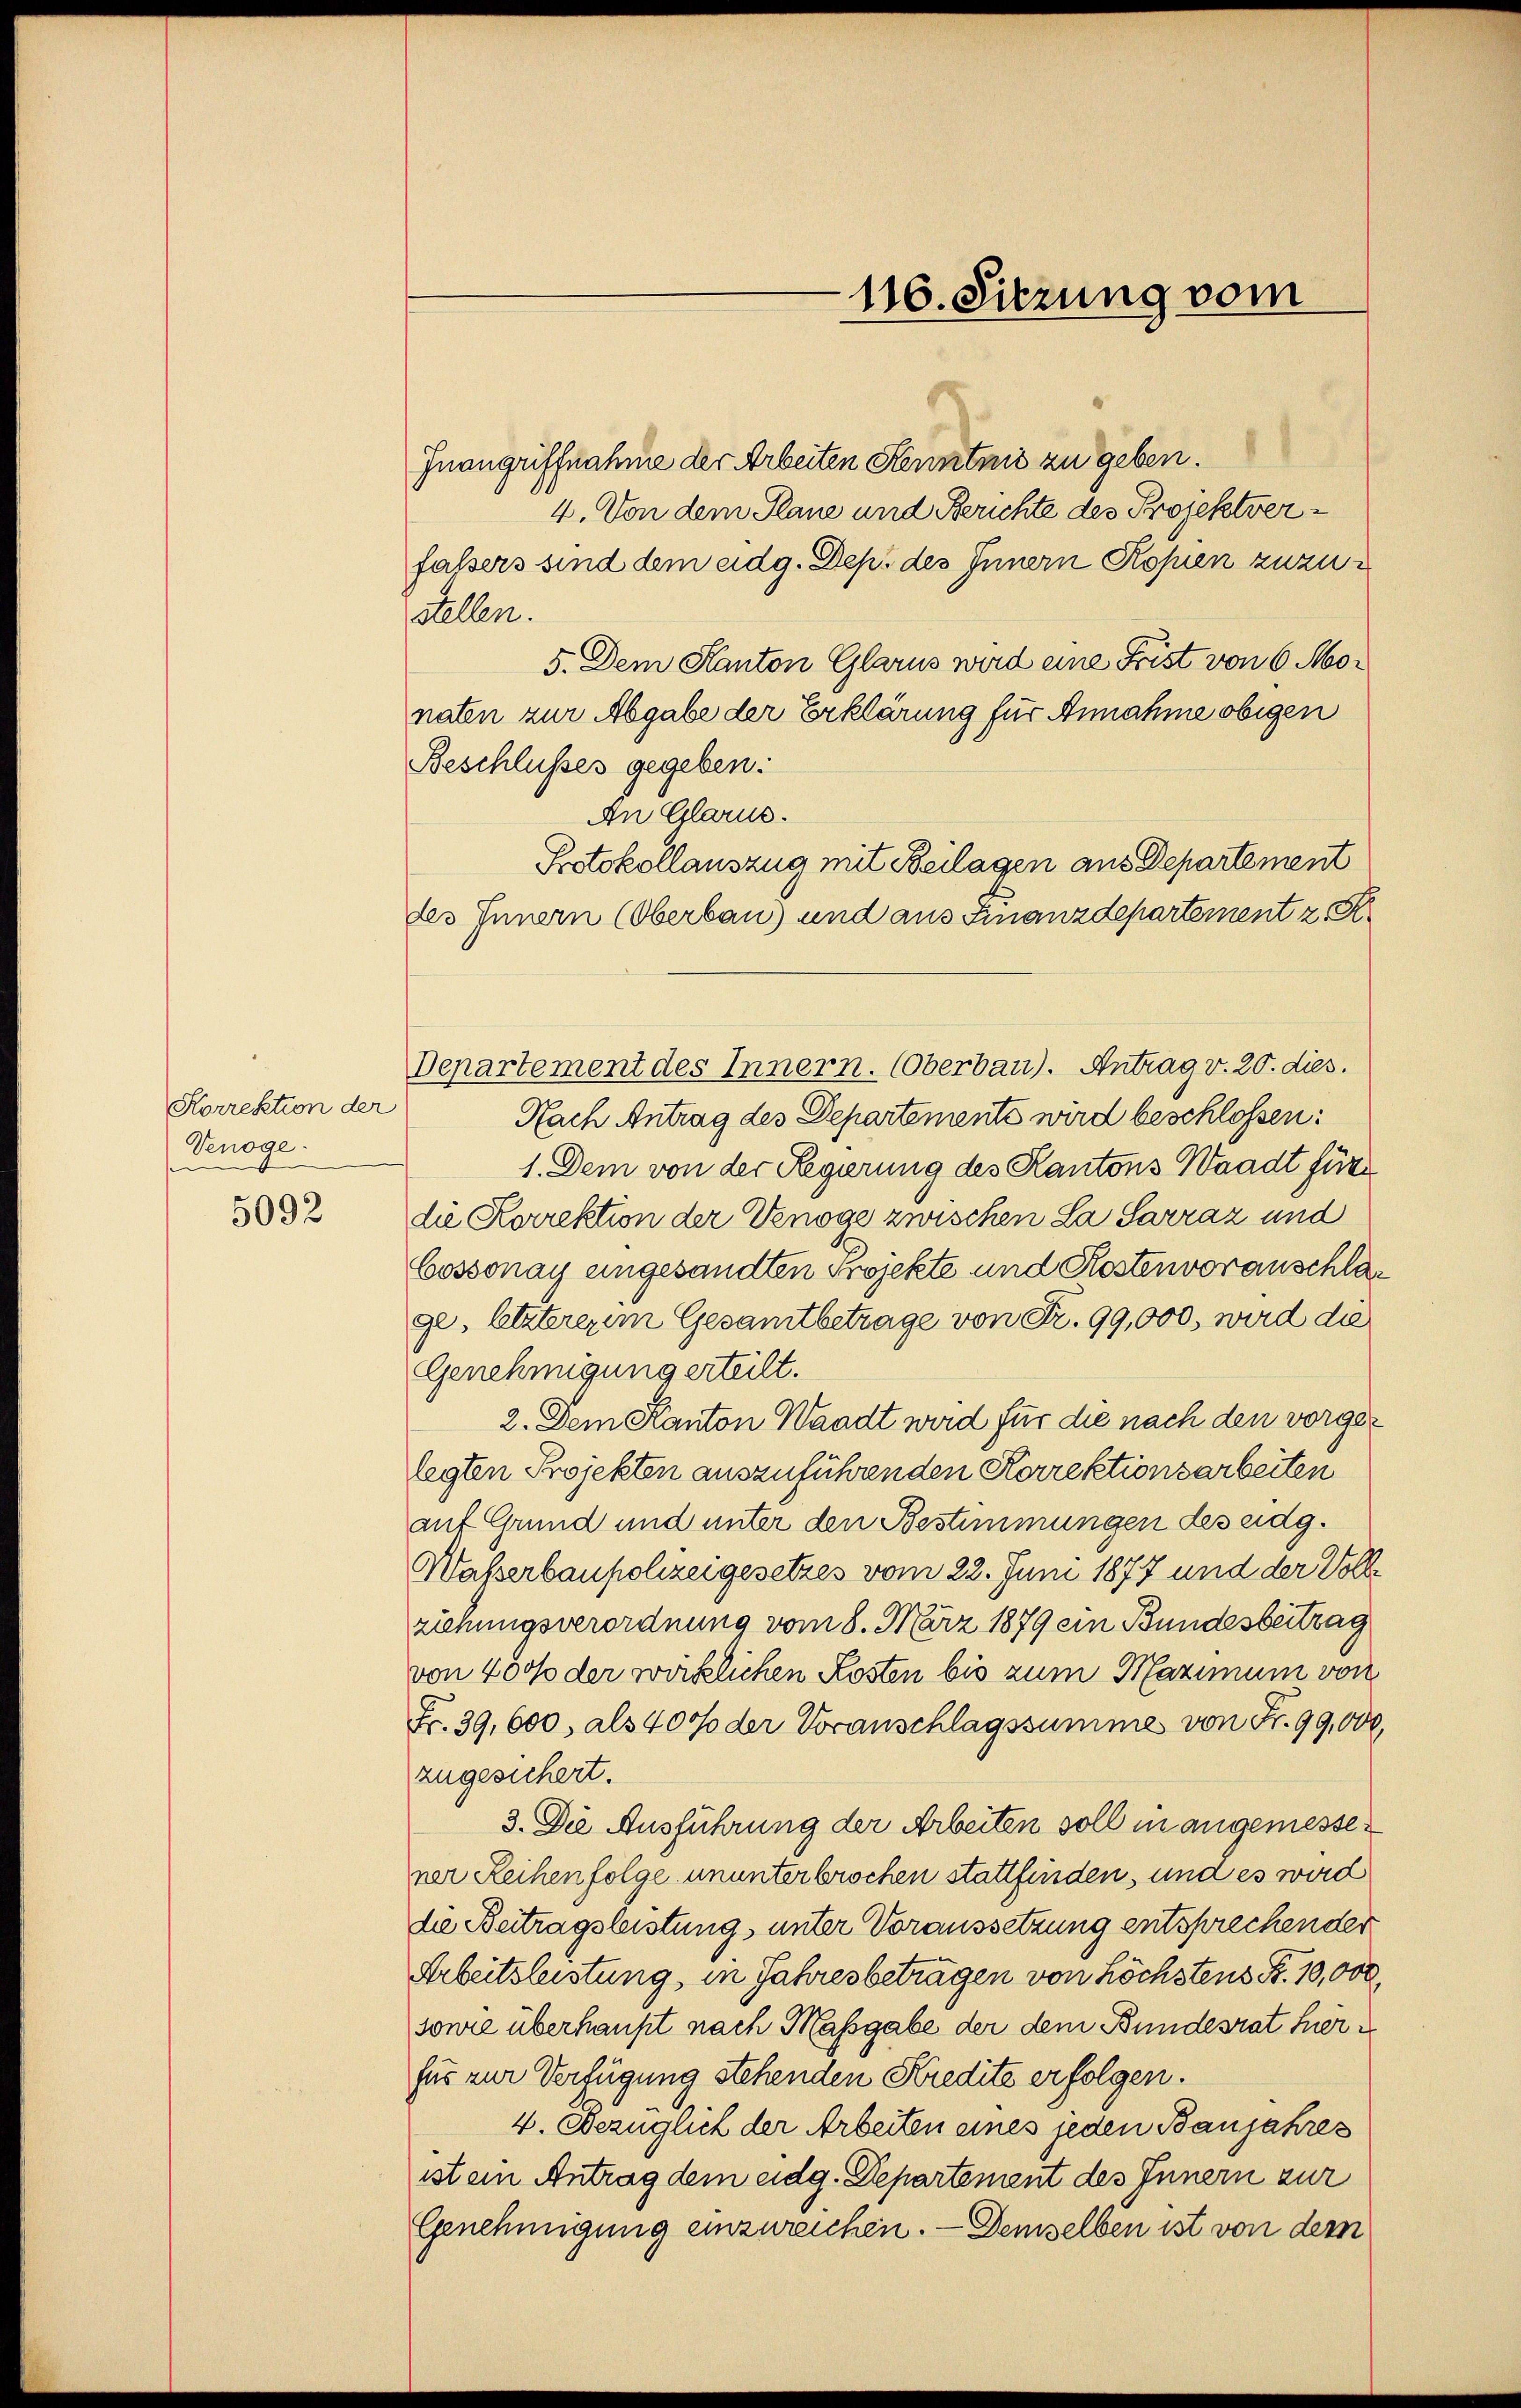
Korrektion der
Venöge.

5092

Inangriffnahme der Arbeiten Kenntnis zu geben.
4. Von dem Plane und Berichte des Projektverfalsers sind dem eidg. Deps des Innern Kopien zuzu¬
Stellen.
5. Dem Kanton Glarus wird eine Frist von 6 Monaten zur Abgabe der Erklärung für Annahme obigen
Beschlusses gegeben.
An Glarus.
Departement des Innern. (Oberbau). Antrag v. 20. dies.
Nach Antrag des Departemente wird beschlossen:
1. Dem von der Regierung des Kantons Waadt für
die Korrektion der Venöge zwischen La Sarraz und
Cossonay eingesandten Projekte und Kostenvoranschlage, letzterem Gesamtbetrage von Fr. 99,000, wird die
Genehmigung erteilt.
2. Dem Kanton Waadt wird für die nach den vorger
legten Projekten auszuführenden Korrektionsarbeiten
auf Grund und unter den Bestimmungen des eidg.
Waßerbaupolizeigesetzes vom 22. Juni 1877 und der Voll
ziehungsverordnung vom 8. März 1879 ein Bundesbeitrag
von 4000 der wirklichen Kosten bis zum Maximum von
Fr. 39,600, als 4000 der Voranschlagssumme von Fr. 99,000,
zugesichert.
3. Die Ausführung der Arbeiten soll in angemessener Reihenfolge ununterbrochen stattfinden, und es wird
die Beitragsleistung, unter Voraussetzung entsprechender
Arbeitsleistung, in Jahresbetragen von höchstens Fr. 10,000,
sonie überhaupt nach Massgabe der dem Bundesrat herfür zur Verfügung stehenden Kredite erfolgen.
4. Bezüglich der Arbeiten eines jeden Banjahres
ist ein Antrag dem eidg. Departement des Innern zur
Genehmigung einzureichen. — Demselben ist von dem

116. Sitzung vom

Protokollauszug mit Beilagen aus Departement
des Innern (Oberbau) und aus Finanzdepartement z. B.